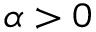
\alpha > 0